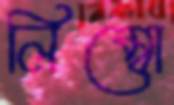
লিম্বো